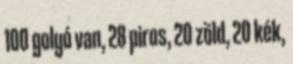
100 golyó van, 28 piros, 20 zöld, 20 kék,